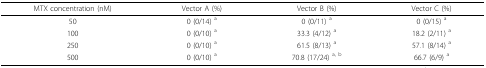
<table><thead><tr><td><b>MTX concentration (nM)</b></td><td><b>Vector A (%)</b></td><td><b>Vector B (%)</b></td><td><b>Vector C (%)</b></td></tr></thead><tbody><tr><td>50</td><td>0 (0/14) <sup>a</sup></td><td>0 (0/11) <sup>a</sup></td><td>0 (0/15) <sup>a</sup></td></tr><tr><td>100</td><td>0 (0/10) <sup>a</sup></td><td>33.3 (4/12) <sup>a</sup></td><td>18.2 (2/11) <sup>a</sup></td></tr><tr><td>250</td><td>0 (0/10) <sup>a</sup></td><td>61.5 (8/13) <sup>a</sup></td><td>57.1 (8/14) <sup>a</sup></td></tr><tr><td>500</td><td>0 (0/10) <sup>a</sup></td><td>70.8 (17/24) <sup>a, b</sup></td><td>66.7 (6/9) <sup>a</sup></td></tr></tbody></table>